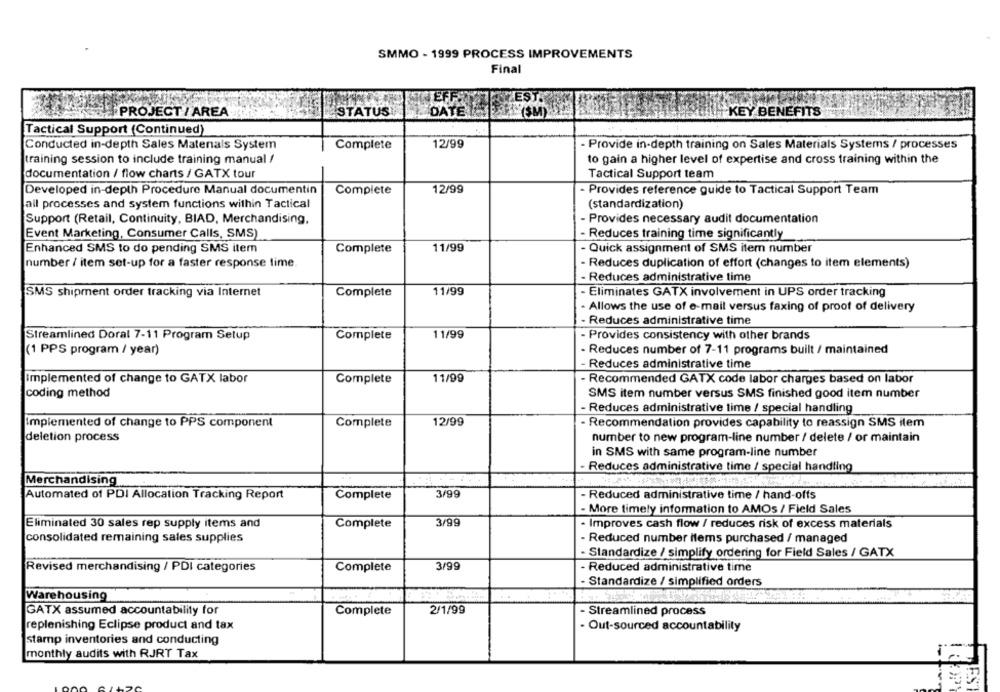
SMMO - 1999 PROCESS IMPROVEMENTS
Final
WEFFETTEST.
PROJECT / AREA
STATUS
DATE (SM)
KEY BENEFITS
Tactical Support (Continued)
Complete
12/99
Conducted in-depth Sales Matenals System
Provide in-depth training on Sales Materials Systems / processes
training session to include training manual /
to gain a higher level of expertise and cross training within the
documentation / flow charts / GATX tour
Tactical Support team
Developed in-depth Procedure Manual documentin
Complete
12/99
- Provides reference guide to Tactical Support Team
all processes and system functions within Tactical
(standardization)
Support (Retail, Continuity, BIAD, Merchandising,
- Provides necessary audit documentation
Event Marketing, Consumer Calls, SMS)
Reduces training time significantly
Enhanced SMS to do pending SMS item
Complete
11/99
Quick assignment of SMS item number
number / item set-up for a faster response time
- Reduces duplication of effort (changes to item elements)
- Reduces administrative time
SMS shipment order tracking via Internet
Complete
11/99
- Eliminates GATX involvement in UPS order tracking
- Allows the use of e-mail versus faxing of proof of delivery
- Reduces administrative time
Streamlined Doral 7-11 Program Setup
Complete
11/99
- Provides consistency with other brands
(1 PPS program / year)
- Reduces number of 7-11 programs built / maintained
-Reduces administrative time
Implemented of change to GATX labor
Complete
11/99
- Recommended GATX code labor charges based on labor
coding method
SMS item number versus SMS finished good item number
- Reduces administrative time / special handling
12/99
Implemented of change to PPS component
Complete
- Recommendation provides capability to reassign SMS ilem
deletion process
number to new program-line number / delete / or maintain
in SMS with same program-line number
- Reduces administrative time / special handling
Merchandising
Automated of PDI Allocation Tracking Report
Complete
3/99
- Reduced administrative time / hand-offs
- More timely information to AMOs / Field Sales
Eliminated 30 sales rep supply items and
Complete
3/99
· Improves cash flow / reduces risk of excess materials
consolidated remaining sales supplies
- Reduced number items purchased / managed
- Standardize / simplify ordering for Field Sales / GATX
Revised merchandising / PDI categories
Complete
3/99
- Reduced administrative time
- Standardize / simplified orders
Warehousing
GATX assumed accountability for
Complete
2/1/99
Streamlined process
replenishing Eclipse product and tax
- Out-sourced accountability
stamp inventories and conducting
monthly audits with RJRT Tax